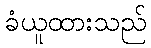
ခံယူထားသည်